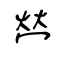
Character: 𤇾